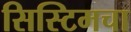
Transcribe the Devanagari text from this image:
सिस्टिमचा